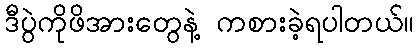
ဒီပွဲကိုဖိအားတွေနဲ့ ကစားခဲ့ရပါတယ်။